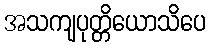
အသကျပုတ္တိယောသိပေ